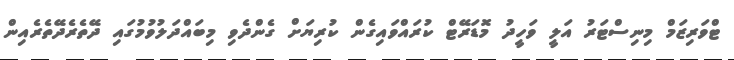
ޓްވަރިޒަމް މިނިސްޓަރު އަލީ ވަހީދު މޮޑަރޭޓް ކުރައްވައިގެން ކުރިޔަށް ގެންދެވި މިބައްދަލުވުމުގައި ދޭތެރެދޭތެރެއިން